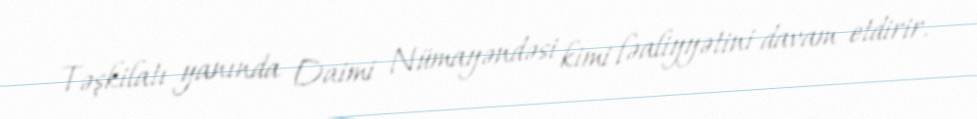
Təşkilatı yanında Daimi Nümayəndəsi kimi fəaliyyətini davam etdirir.